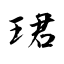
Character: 珺